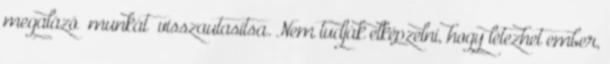
meg­alázó „mun­kát” visszautasítsa. Nem tudják elképzelni, hogy létezhet ember,